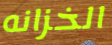
الخزانه